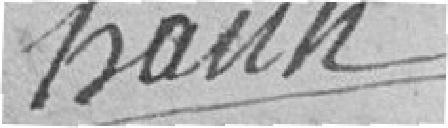
hann